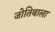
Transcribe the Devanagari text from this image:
जोतिबाला